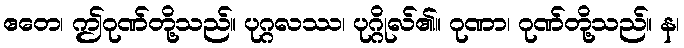
ဧတေ၊ ဤဂုဏ်တို့သည်။ ပုဂ္ဂလဿ၊ ပုဂ္ဂိုလ်၏။ ဂုဏာ၊ ဂုဏ်တို့သည်။ န၊